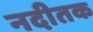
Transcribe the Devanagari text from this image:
नदीतक